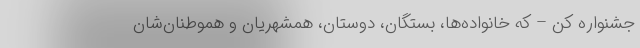
جشنواره کن – که خانواده‌ها، بستگان، دوستان، همشهریان و هموطنان‌شان